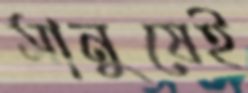
মানুষেই